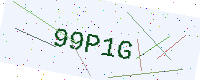
Text: 99P1G